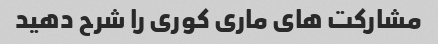
مشارکت های ماری کوری را شرح دهید